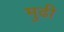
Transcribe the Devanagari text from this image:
मुढी